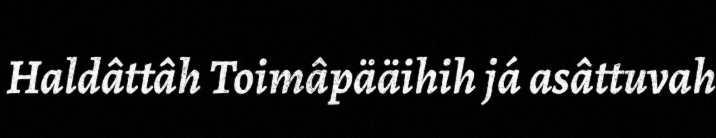
Haldâttâh Toimâpääihih já asâttuvah